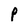
Character: P